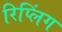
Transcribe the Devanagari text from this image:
रिप्लिंग